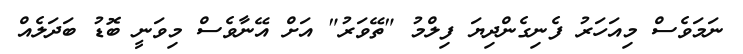
ނަމަވެސް މިއަހަރު ފެނިގެންދިޔަ ފިލްމު "ތޭވަރު" އަށް އޭނާވެސް މިވަނީ ބޮޑު ބަދަލެއް